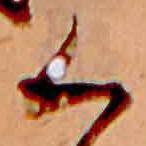
く